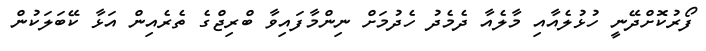
ފޯރުކޮށްދޭނީ ހުޅުލެއާއި މާލެއާ ދެމެދު ހެދުމަށް ނިންމާފައިވާ ބްރިޖްގެ ތެރެއިން އަޅާ ކޭބަލަކުން